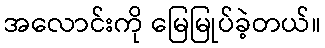
အလောင်းကို မြေမြုပ်ခဲ့တယ်။